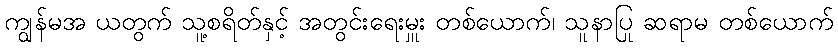
ကျွန်မအ ယတွက် သူ့စရိတ်နှင့် အတွင်းရေးမှူး တစ်ယောက်၊ သူနာပြု ဆရာမ တစ်ယောက်